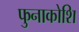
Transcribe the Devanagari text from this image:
फुनाकोशि